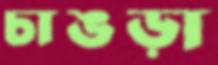
চাঙড়া